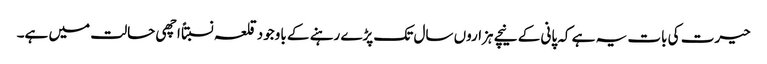
حیرت کی بات یہ ہے کہ پانی کے نیچے ہزاروں سال تک پڑے رہنے کے باوجود قلعہ نسبتاً اچھی حالت میں ہے۔